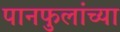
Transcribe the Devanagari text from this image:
पानफुलांच्या